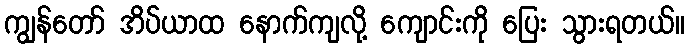
ကျွန်တော် အိပ်ယာထ နောက်ကျလို့ ကျောင်းကို ပြေး သွားရတယ်။